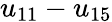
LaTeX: u_{11}-u_{15}